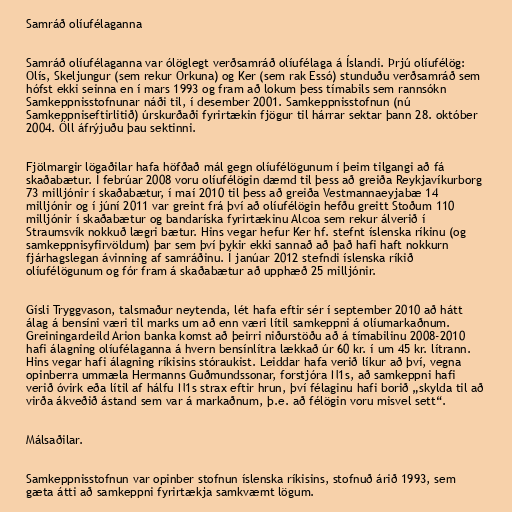
Samráð olíufélaganna

Samráð olíufélaganna var ólöglegt verðsamráð olíufélaga á Íslandi. Þrjú olíufélög:
Olís, Skeljungur (sem rekur Orkuna) og Ker (sem rak Essó) stunduðu verðsamráð sem
hófst ekki seinna en í mars 1993 og fram að lokum þess tímabils sem rannsókn
Samkeppnisstofnunar náði til, í desember 2001. Samkeppnisstofnun (nú
Samkeppniseftirlitið) úrskurðaði fyrirtækin fjögur til hárrar sektar þann 28. október
2004. Öll áfrýjuðu þau sektinni.

Fjölmargir lögaðilar hafa höfðað mál gegn olíufélögunum í þeim tilgangi að fá
skaðabætur. Í febrúar 2008 voru olíufélögin dæmd til þess að greiða Reykjavíkurborg
73 milljónir í skaðabætur, í maí 2010 til þess að greiða Vestmannaeyjabæ 14
milljónir og í júní 2011 var greint frá því að olíufélögin hefðu greitt Stoðum 110
milljónir í skaðabætur og bandaríska fyrirtækinu Alcoa sem rekur álverið í
Straumsvík nokkuð lægri bætur. Hins vegar hefur Ker hf. stefnt íslenska ríkinu (og
samkeppnisyfirvöldum) þar sem því þykir ekki sannað að það hafi haft nokkurn
fjárhagslegan ávinning af samráðinu. Í janúar 2012 stefndi íslenska ríkið
olíufélögunum og fór fram á skaðabætur að upphæð 25 milljónir.

Gísli Tryggvason, talsmaður neytenda, lét hafa eftir sér í september 2010 að hátt
álag á bensíni væri til marks um að enn væri lítil samkeppni á olíumarkaðnum.
Greiningardeild Arion banka komst að þeirri niðurstöðu að á tímabilinu 2008-2010
hafi álagning olíufélaganna á hvern bensínlítra lækkað úr 60 kr. í um 45 kr. lítrann.
Hins vegar hafi álagning ríkisins stóraukist. Leiddar hafa verið líkur að því, vegna
opinberra ummæla Hermanns Guðmundssonar, forstjóra N1s, að samkeppni hafi
verið óvirk eða lítil af hálfu N1s strax eftir hrun, því félaginu hafi borið „skylda til að
virða ákveðið ástand sem var á markaðnum, þ.e. að félögin voru misvel sett“.

Málsaðilar.

Samkeppnisstofnun var opinber stofnun íslenska ríkisins, stofnuð árið 1993, sem
gæta átti að samkeppni fyrirtækja samkvæmt lögum.